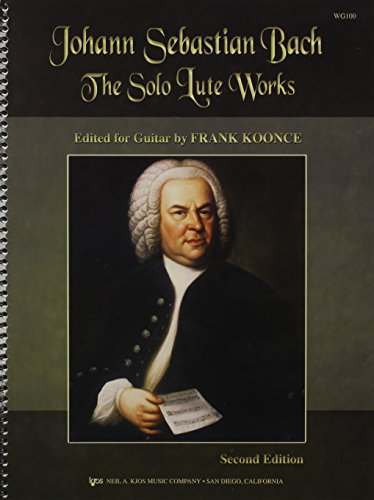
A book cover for The Solo Lute Works of Johann Sebastian Bach: Edited for Guitar by Frank Koonce; Humor & Entertainment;